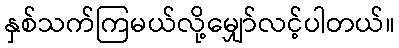
နှစ်သက်ကြမယ်လို့မျှော်လင့်ပါတယ်။